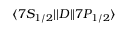
\ensuremath { \langle 7 S _ { 1 / 2 } | | } D \ensuremath { | | 7 P _ { 1 / 2 } \rangle }